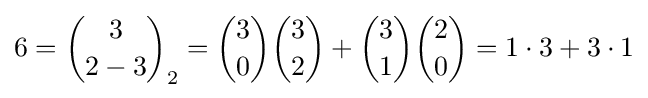
6={3 \choose 2-3}_{2}={3 \choose 0}{3 \choose 2}+{3 \choose 1}{2 \choose 0}=1\cdot 3+3\cdot 1